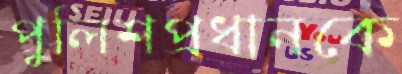
পুলিশপ্রধানকে